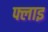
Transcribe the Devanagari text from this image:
फ्लाइ